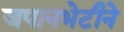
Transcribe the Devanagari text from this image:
जपानभेटीने